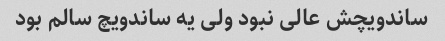
ساندویچش عالی نبود ولی یه ساندویچ سالم بود